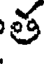
త